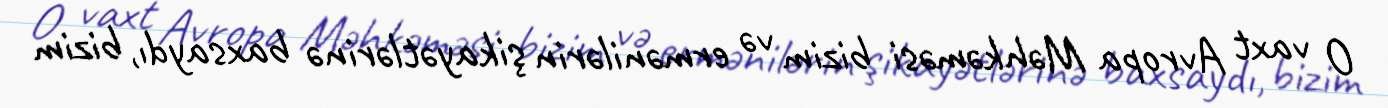
O vaxt Avropa Məhkəməsi bizim və ermənilərin şikayətlərinə baxsaydı, bizim